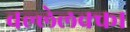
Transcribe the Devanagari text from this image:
बल्लेलक्का